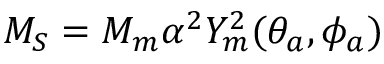
M _ { S } = M _ { m } \alpha ^ { 2 } Y _ { m } ^ { 2 } ( \theta _ { a } , \phi _ { a } )